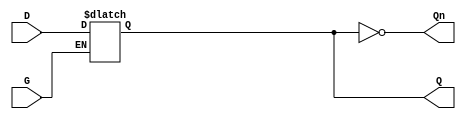
module dual_input_gated_latch (
    input wire D,    // Data Input
    input wire G,    // Gate Input
    output reg Q,    // Output
    output wire Qn   // Complement Output
);

// Complement Output
assign Qn = ~Q;

// Latch behavior
always @ (G or D) begin
    if (G) begin
        Q <= D; // Capture D when G is high
    end
    // When G is low, Q holds its state
end

endmodule